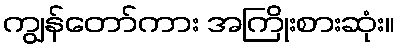
ကျွန်တော်ကား အကြိုးစားဆုံး။